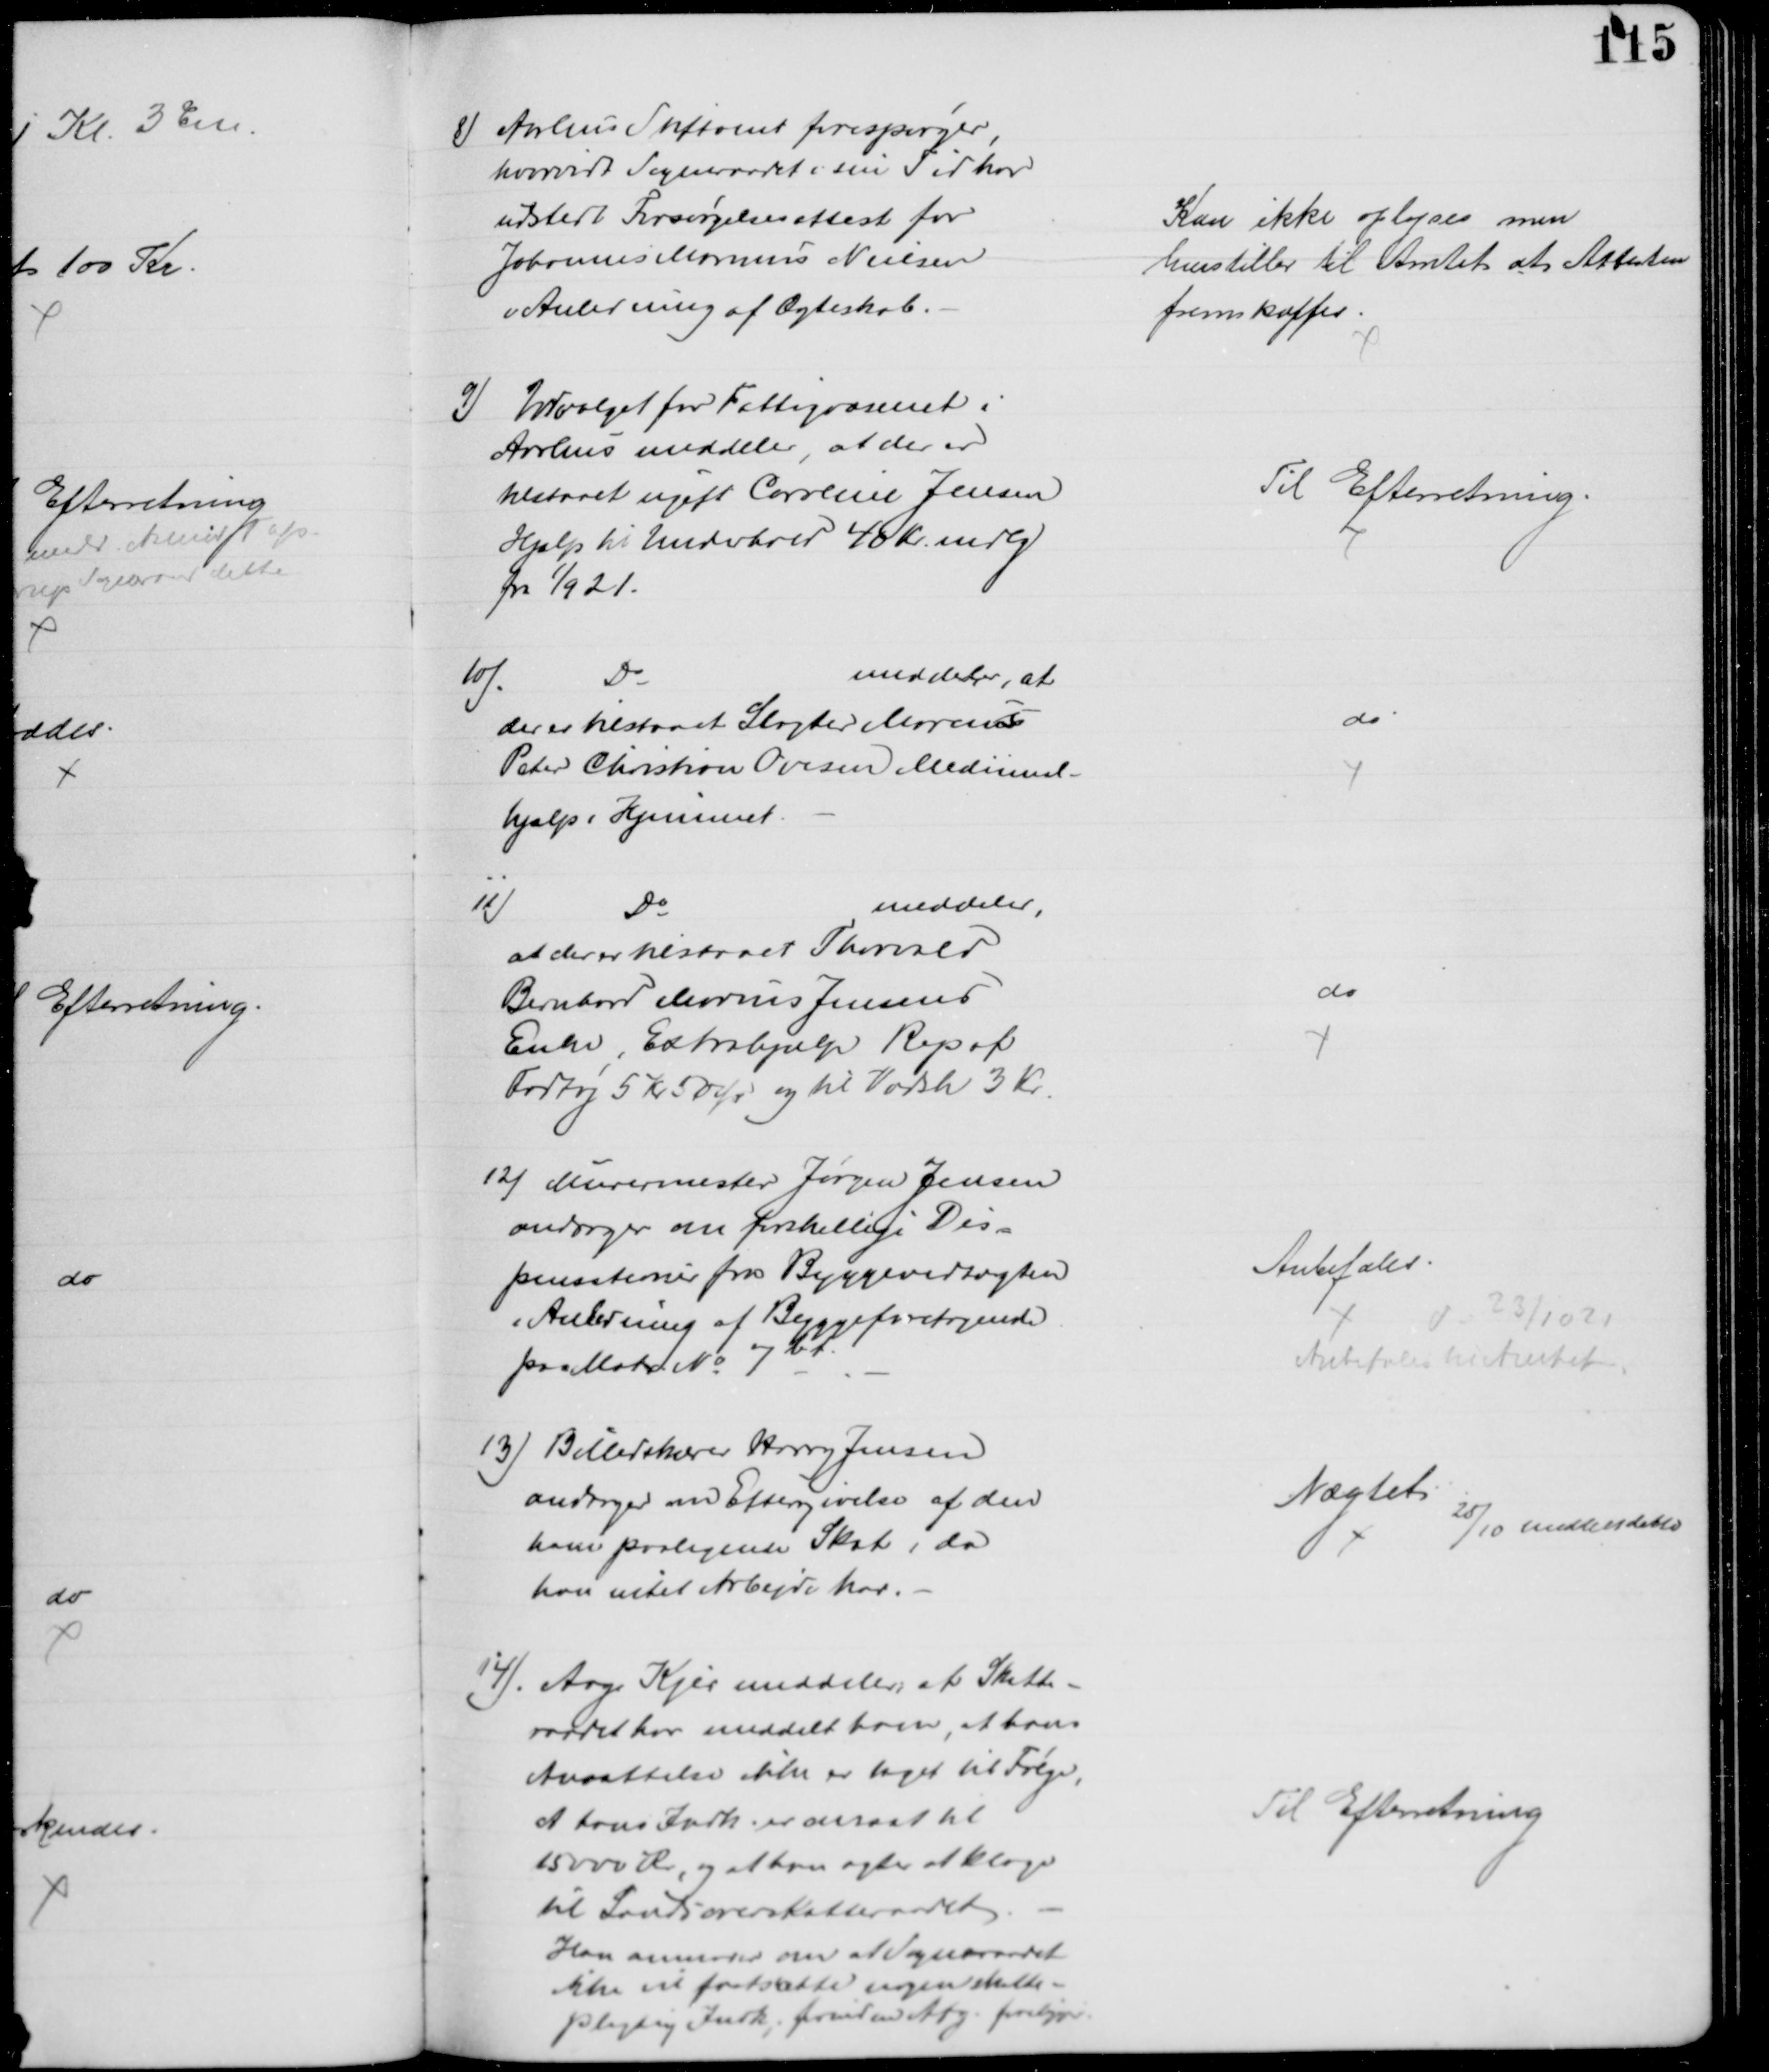
Transskription:
8) Aarhus Stiftamt forespørger,
hvorvidt Sogneraadet i sin Tid har
udstedt Forsørgelsesattest for
Johannes Marinus Nielsen
i Anledning af Ægteskab.
Kan ikke oplyses men
henstiller til Amtet at Attesten
fremskaffes
9) Udvalget for Fattigvæsenet i
Aarhus meddeler, at der er
tilstaaet ugift Caroline Jensen
Hjælp til Underhold 40 Kr. mdlg.
fra 1/9 21.
Til Efterretning.
10)
Do
meddeler, at
der er tilstaaet Slagter Marinus
Peter Christian Ovesen Medicinal-
hjælp i Hjemmet
do
11)
Do
meddeler,
at der er tilstaaet Thorvald
Bernhard Marius Jensens
Enke, Extrahjælp Rep af
Fodtøj 5 Kr 50 Ør og til Vadsk 3 Kr.
do
12) Murermester Jørgen Jensen
andrager om forskellige Dis-
pensationer fra Byggevedtægten
i Anledning af Byggeforetagende
paa Matr. № 7bf.
Anbefales
d: 23/10 21
Anbefales til Amtet
13) Billedskærer Harry Jensen
andrager om Eftergivelse af den
ham paalignede Skat, da
han intet Arbejde har.
Nægtet
25/10 meddelt dette
14) Aage Kjer meddeler, at Skatte-
raadet har meddelt ham, at hans
Ansættelse ikke er taget til Følge,
at hans Indk. er ansat til
15000 Kr, og at han agter at klage
til Landsoverskatteraadet
Han anmoder om at Sogneraadet
ikke vil fastsætte nogen skatte-
pligtig Indk., forinden Afg. foreligger
Til Efterretning